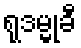
ရုဒမ္မုခီ